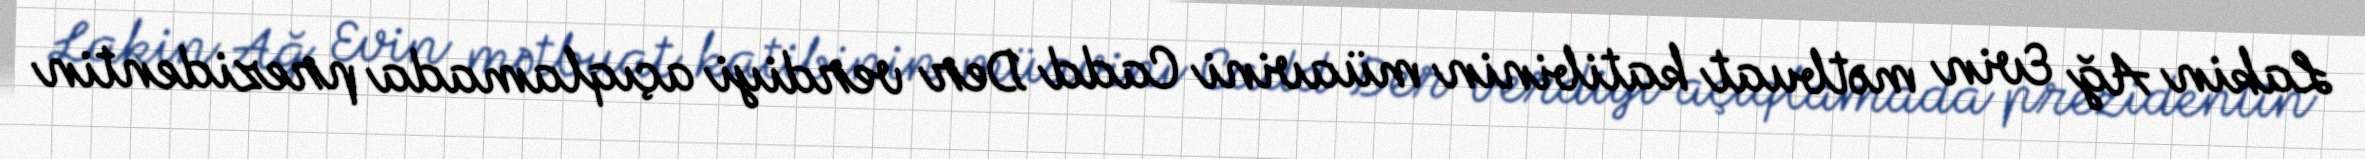
Lakin Ağ Evin mətbuat katibinin müavini Cadd Der verdiyi açıqlamada prezidentin